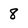
Character: 8